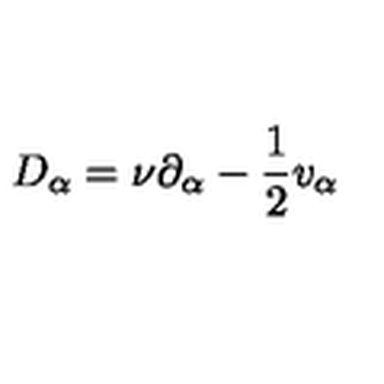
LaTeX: D _ { \alpha } = \nu \partial _ { \alpha } - \frac { 1 } { 2 } v _ { \alpha }